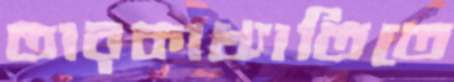
তারকাখ্যাতিতে